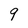
Character: 9